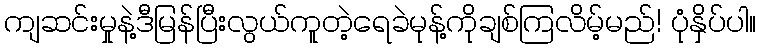
ကျဆင်းမှုနဲ့ဒီမြန်ပြီးလွယ်ကူတဲ့ရေခဲမုန့်ကိုချစ်ကြလိမ့်မည်! ပုံနှိပ်ပါ။